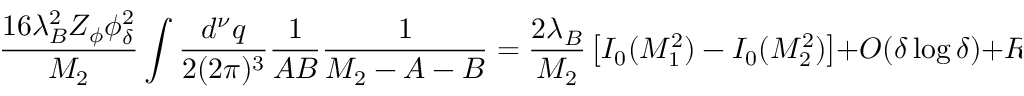
\frac { 1 6 \lambda _ { B } ^ { 2 } Z _ { \phi } \phi _ { \delta } ^ { 2 } } { M _ { 2 } } \int \frac { d ^ { \nu } q } { 2 ( 2 \pi ) ^ { 3 } } \frac { 1 } { A B } \frac { 1 } { M _ { 2 } - A - B } = \frac { 2 \lambda _ { B } } { M _ { 2 } } \left[ I _ { 0 } ( M _ { 1 } ^ { 2 } ) - I _ { 0 } ( M _ { 2 } ^ { 2 } ) \right] + O ( \delta \log \delta ) + R _ { 1 } .